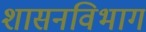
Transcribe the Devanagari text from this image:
शासनविभाग